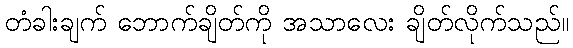
တံခါးချက် ဘောက်ချိတ်ကို အသာလေး ချိတ်လိုက်သည်။